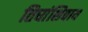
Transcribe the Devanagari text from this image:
तिघांशिवाय